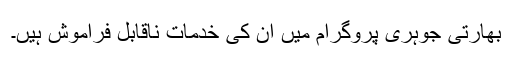
بھارتی جوہری پروگرام میں ان کی خدمات ناقابل فراموش ہیں۔